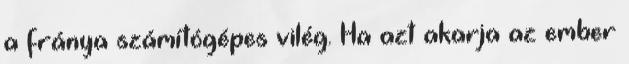
a fránya számítógépes vilég. Ha azt akarja az ember